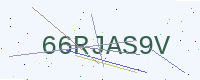
Text: 66RJAS9V